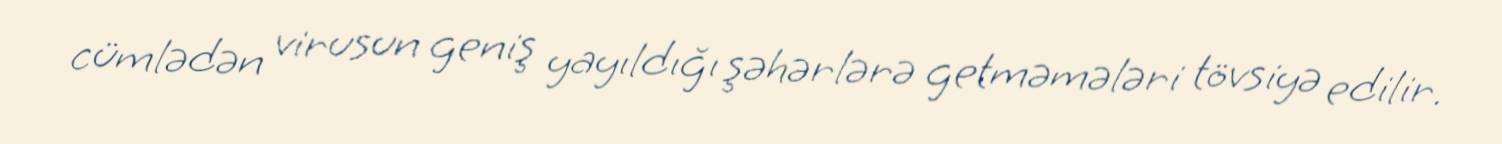
cümlədən virusun geniş yayıldığı şəhərlərə getməmələri tövsiyə edilir.